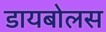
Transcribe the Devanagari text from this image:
डायबोलस